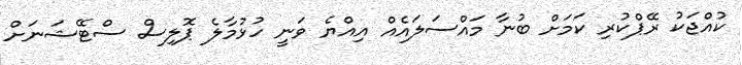
ކުއްޖަކު ރޭޕްކުރި ކަމަށް ބުނާ މައްސަލައެއް އިއްޔެ ވަނީ ހުޅުމާލެ ޕޮލިސް ސްޓޭޝަނަށް